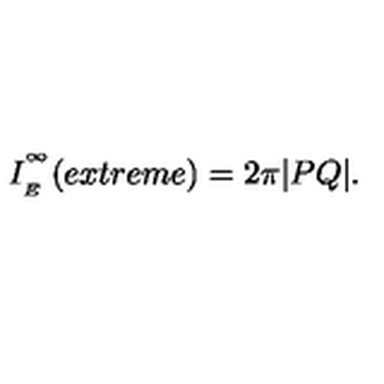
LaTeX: I _ { \phantom { } _ { E } } ^ { \phantom { } ^ { \infty } } ( e x t r e m e ) = 2 \pi | P Q | .